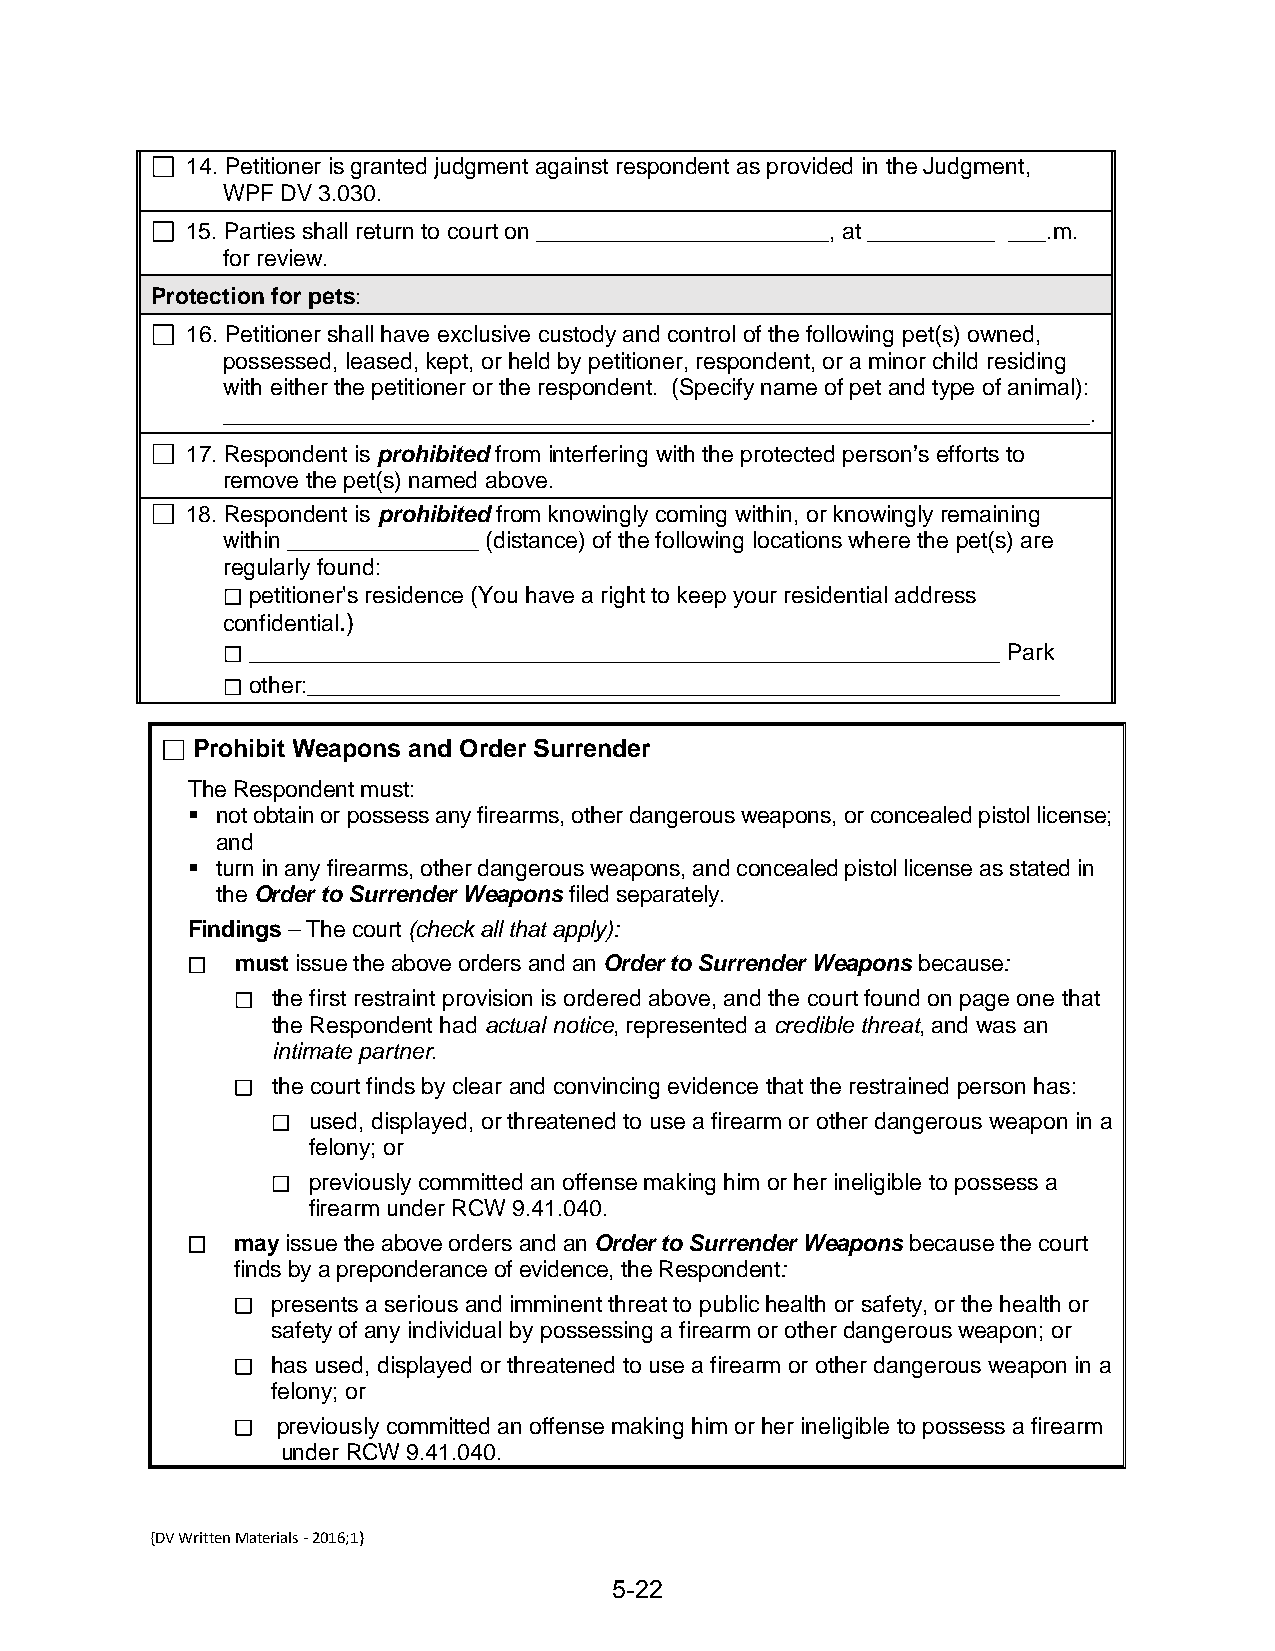
14. Petitioner is granted judgment against respondent as provided in the Judgment,
 WPF DV 3.030.
 15. Parties shall return to court on _______________________, at __________ ___.m.
 for review.
 Protection for pets:
 16. Petitioner shall have exclusive custody and control of the following pet(s) owned,
 possessed, leased, kept, or held by petitioner, respondent, or a minor child residing
 with either the petitioner or the respondent. (Specify name of pet and type of animal):
 ____________________________________________________________________.
 17. Respondent is prohibited from interfering with the protected person’s efforts to
 remove the pet(s) named above.
 18. Respondent is prohibited from knowingly coming within, or knowingly remaining
 within _______________ (distance) of the following locations where the pet(s) are
 regularly found:
 petitioner's residence (You have a right to keep your residential address
 confidential.)
 ___________________________________________________________ Park
 other:___________________________________________________________
 Prohibit Weapons and Order Surrender
 The Respondent must:
  not obtain or possess any firearms, other dangerous weapons, or concealed pistol license;
 and
  turn in any firearms, other dangerous weapons, and concealed pistol license as stated in
 the Order to Surrender Weapons filed separately.
 Findings – The court (check all that apply):
 must issue the above orders and an Order to Surrender Weapons because:
 the first restraint provision is ordered above, and the court found on page one that
 the Respondent had actual notice, represented a credible threat, and was an
 intimate partner.
 the court finds by clear and convincing evidence that the restrained person has:
 used, displayed, or threatened to use a firearm or other dangerous weapon in a
 felony; or
 previously committed an offense making him or her ineligible to possess a
 firearm under RCW 9.41.040.
 may issue the above orders and an Order to Surrender Weapons because the court
 finds by a preponderance of evidence, the Respondent:
 presents a serious and imminent threat to public health or safety, or the health or
 safety of any individual by possessing a firearm or other dangerous weapon; or
 has used, displayed or threatened to use a firearm or other dangerous weapon in a
 felony; or
 previously committed an offense making him or her ineligible to possess a firearm
 under RCW 9.41.040.
 {DV Written Materials - 2016;1}
 5-22